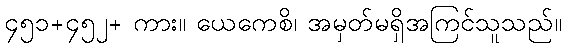
၄၅၁+၄၅၂+ ကား။ ယေကေစိ၊ အမှတ်မရှိအကြင်သူသည်။